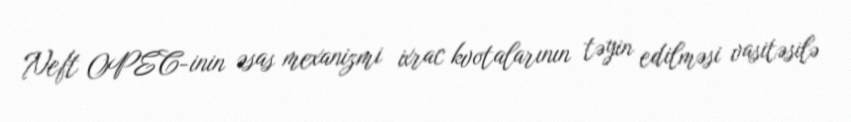
Neft OPEC-inin əsas mexanizmi ixrac kvotalarının təyin edilməsi vasitəsilə